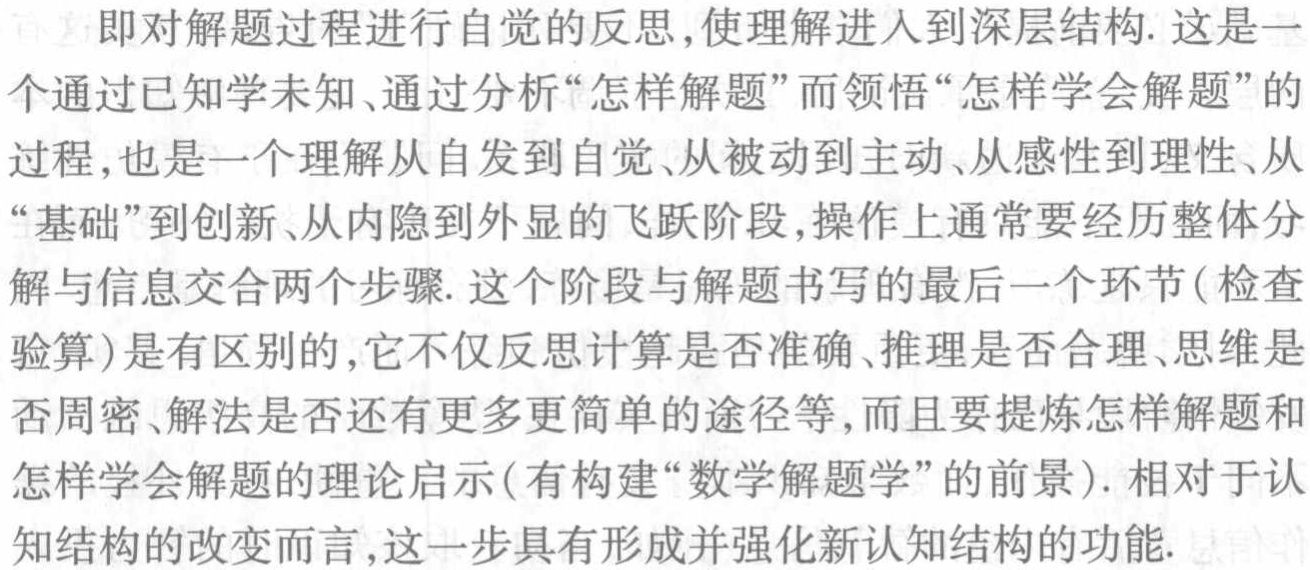
即对解题过程进行自觉的反思,使理解进入到深层结构. 这是一个通过已知学未知、通过分析“怎样解题”而领悟“怎样学会解题”的过程,也是一个理解从自发到自觉、从被动到主动、从感性到理性、从“基础”到创新、从内隐到外显的飞跃阶段,操作上通常要经历整体分解与信息交合两个步骤. 这个阶段与解题书写的最后一个环节(检查验算)是有区别的,它不仅反思计算是否准确、推理是否合理、思维是否周密、解法是否还有更多更简单的途径等,而且要提炼怎样解题和怎样学会解题的理论启示(有构建“数学解题学”的前景). 相对于认知结构的改变而言,这一步具有形成并强化新认知结构的功能.